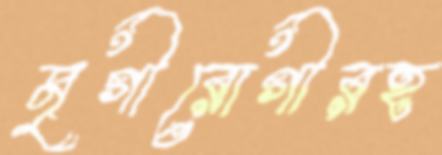
মৃগীরোগীরহ